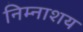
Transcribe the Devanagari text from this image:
निम्नाशय